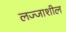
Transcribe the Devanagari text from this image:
लज्जाशील